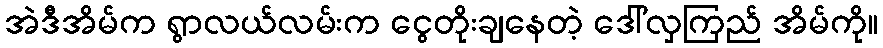
အဲဒီအိမ်က ရွာလယ်လမ်းက ငွေတိုးချနေတဲ့ ဒေါ်လှကြည် အိမ်ကို။